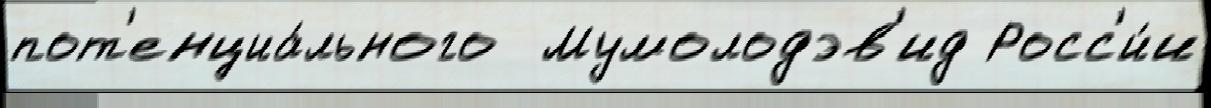
пот'енциа́льного  Мумолодэв'ид Росс'и́и